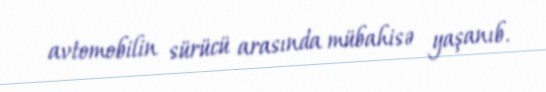
avtomobilin sürücü arasında mübahisə yaşanıb.